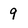
Character: 9